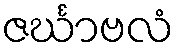
ဇင်္ဃာဗလံ